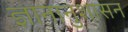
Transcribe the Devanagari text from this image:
ज्ञानानुशासन